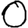
Digit: 0